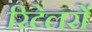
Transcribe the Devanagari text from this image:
रिटेलरों